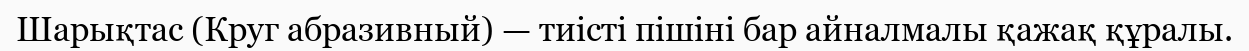
Шарықтас (Круг абразивный) — тиісті пішіні бар айналмалы қажақ құралы.